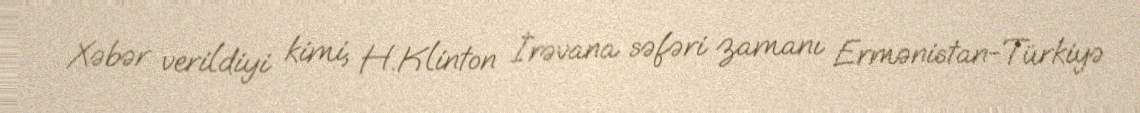
Xəbər verildiyi kimi, H.Klinton İrəvana səfəri zamanı Ermənistan-Türkiyə